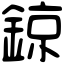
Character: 鍄